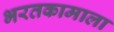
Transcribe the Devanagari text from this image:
भरतकामाला